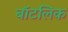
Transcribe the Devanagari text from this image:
बॉटलिक